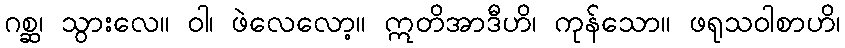
ဂစ္ဆ၊ သွားလေ။ ဝါ၊ ဖဲလေလော့။ ဣတိအာဒီဟိ၊ ကုန်သော။ ဖရုသဝါစာဟိ၊